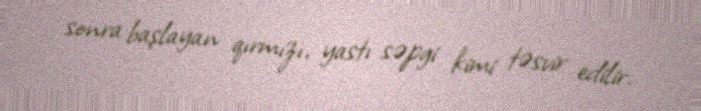
sonra başlayan qırmızı, yastı səpgi kimi təsvir edilir.